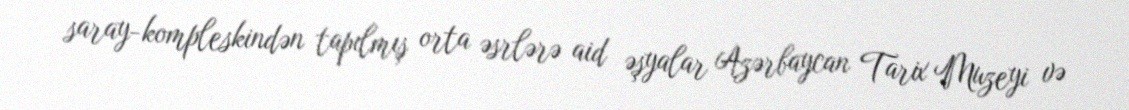
saray-kompleskindən tapılmış orta əsrlərə aid əşyalar Azərbaycan Tarix Muzeyi və